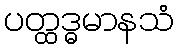
ပတ္ထဒ္ဓမာနသံ